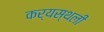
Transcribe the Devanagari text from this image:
कर्यस्थली